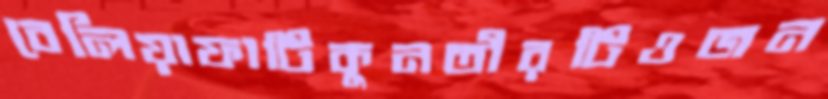
বেলিয়াফাটিকুনতীরটিওজন